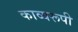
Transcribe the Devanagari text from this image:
काव्यरूपी